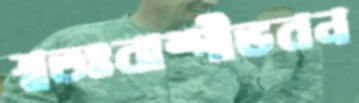
স্বতঃবাষ্পীভবন